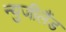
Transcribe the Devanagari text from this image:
न्युजीलैंड